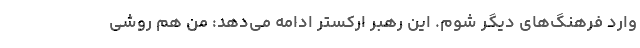
وارد فرهنگ‌های دیگر شوم. این رهبر ارکستر ادامه می‌دهد: من هم روشی